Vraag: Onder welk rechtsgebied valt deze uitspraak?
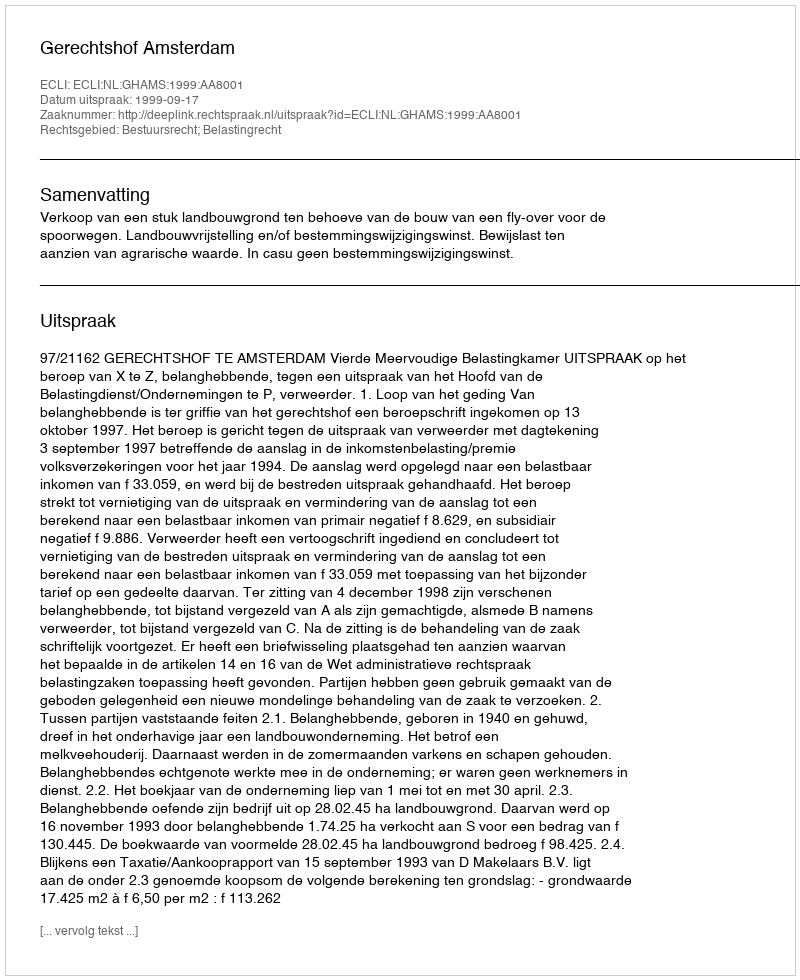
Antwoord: Bestuursrecht; Belastingrecht